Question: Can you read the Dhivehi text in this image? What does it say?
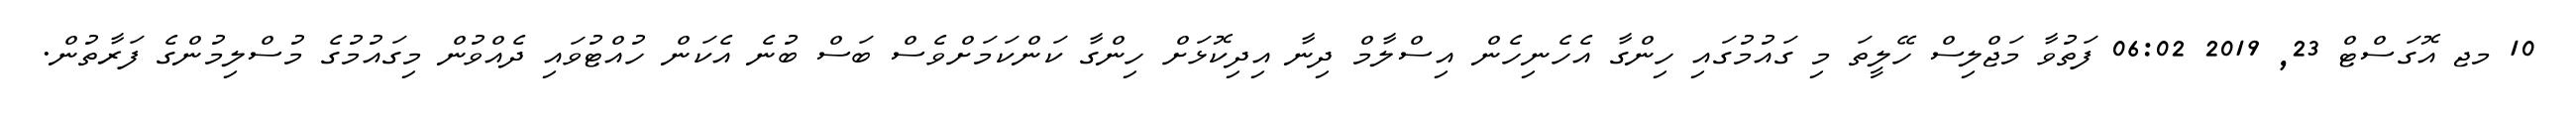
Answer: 10 މޖ އޮގަސްޓް 23, 2019 06:02 ފަތުވާ މަޖްލިސް ހޭލީތަ މި ގައުމުގައި ހިންގާ އެހެނިހެން އިސްލާމް ދިނާ އިދިކޮޅަށް ހިންގާ ކަންކަމަށްވެސް ބަސް ބުނެ އެކަން ހުއްޓުވައި ދެއްވުން މިގައުމުގެ މުސްލިމުންގެ ފަރާތުން.